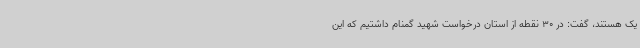
یک هستند، گفت: در 30 نقطه از استان درخواست شهید گمنام داشتیم که این